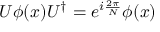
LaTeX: U \phi ( x ) U ^ { \dagger } = e ^ { i { \frac { 2 \pi } { N } } } \phi ( x )